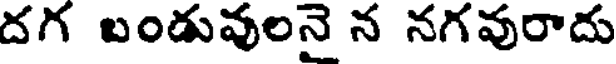
దగ బండువులనై న నగవురాదు